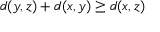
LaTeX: d ( y , z ) + d ( x , y ) \geq d ( x , z )